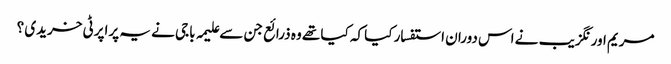
مریم اورنگزیب نے اس دوران استفسار کیا کہ کیا تھے وہ ذرائع جن سے علیمہ باجی نے یہ پراپرٹی خریدی ؟